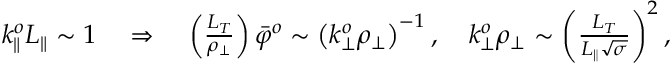
\begin{array} { r } { k _ { \parallel } ^ { o } L _ { \parallel } \sim 1 \quad \Rightarrow \quad \left( \frac { L _ { T } } { \rho _ { \perp } } \right) \bar { \varphi } ^ { o } \sim \left( k _ { \perp } ^ { o } \rho _ { \perp } \right) ^ { - 1 } , \quad k _ { \perp } ^ { o } \rho _ { \perp } \sim \left( \frac { L _ { T } } { L _ { \parallel } \sqrt { \sigma } } \right) ^ { 2 } , } \end{array}